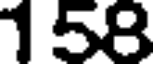
158